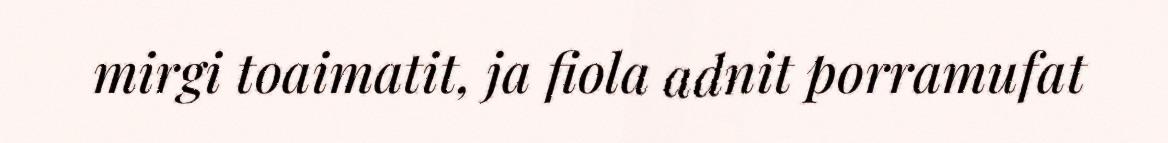
mirgi toaimatit, ja fiola adnit porramufat